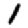
Digit: 1